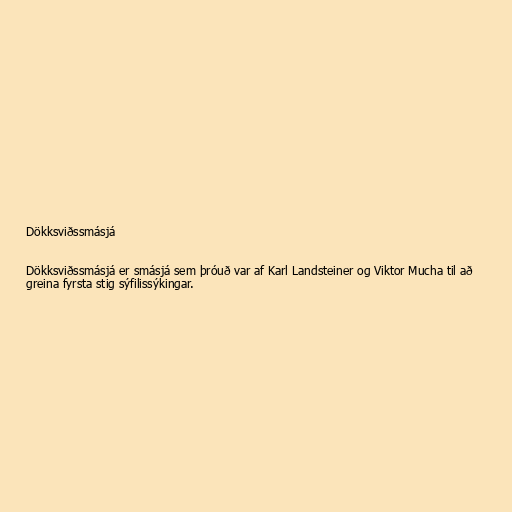
Dökksviðssmásjá

Dökksviðssmásjá er smásjá sem þróuð var af Karl Landsteiner og Viktor Mucha til að
greina fyrsta stig sýfilissýkingar.